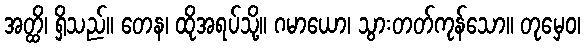
အတ္ထိ၊ ရှိသည်။ တေန၊ ထိုအရပ်သို့။ ဂမာယော၊ သွားတတ်ကုန်သော။ တုမှေဝ၊